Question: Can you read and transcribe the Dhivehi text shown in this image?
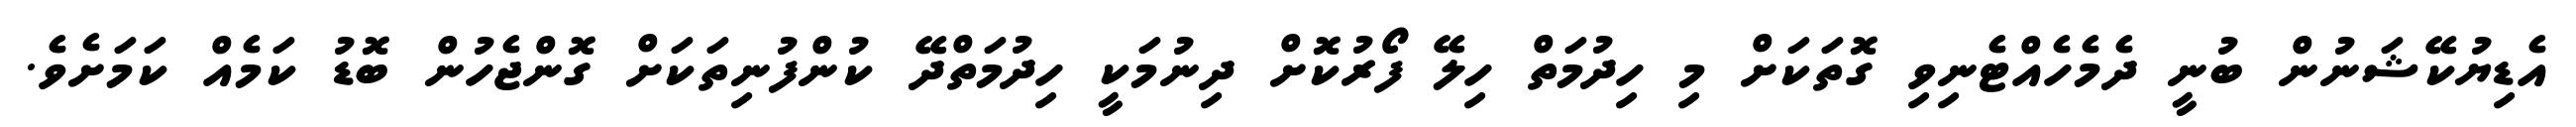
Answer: އެޑިޔުކޭޝަނުން ބުނީ ދެމެހެއްޓެނިވި ގޮތަކަށް މި ހިދުމަތް ހިލޭ ފޯރުކޮށް ދިނުމަކީ ހިދުމަތްދޭ ކުންފުނިތަކަށް ގޮންޖެހުން ބޮޑު ކަމެއް ކަމަށެވެ.